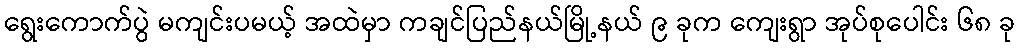
ရွေးကောက်ပွဲ မကျင်းပမယ့် အထဲမှာ ကချင်ပြည်နယ်မြို့နယ် ၉ ခုက ကျေးရွာ အုပ်စုပေါင်း ၆၈ ခု